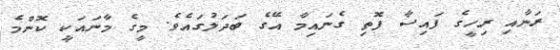
ރަނާއި ރިހީގެ ފައިސާ ފޮތި ގެނައިމާ އޭގެ ބަދަލުގައެވެ. މީގެ މާނައަކީ ކޮންމެ